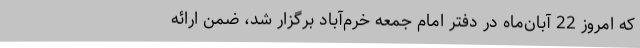
که امروز 22 آبان‌ماه در دفتر امام جمعه خرم‌آباد برگزار شد، ضمن ارائه